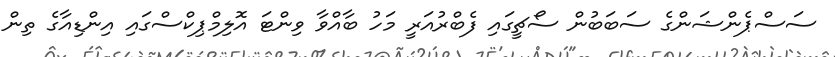
ސަސްޕެންޝަންގެ ސަބަބުން ސޯޗީގައި ފެބްރުއަރީ މަހު ބާއްވާ ވިންޓަ އޮލިމްޕިކްސްގައި އިންޑިއާގެ ތިން